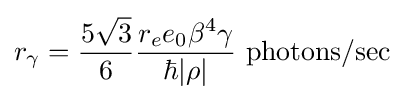
r_{\gamma }={\frac {5{\sqrt {3}}}{6}}{\frac {r_{e}e_{0}\beta ^{4}\gamma }{\hbar |\rho |}}{\text{ photons/sec}}